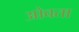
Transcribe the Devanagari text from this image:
ओवता